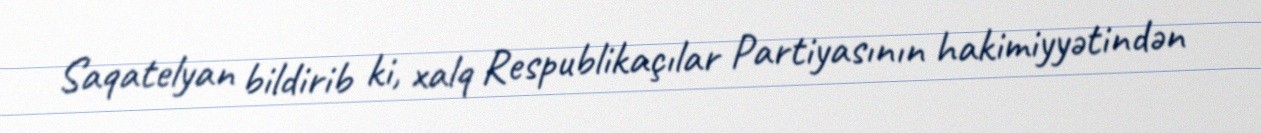
Saqatelyan bildirib ki, xalq Respublikaçılar Partiyasının hakimiyyətindən